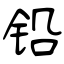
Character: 铅